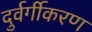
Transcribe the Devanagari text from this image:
दुर्वर्गीकरण